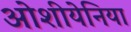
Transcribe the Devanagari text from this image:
ओशीयेनिया